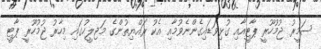
ސަމީރު ޖުމުހޫރީ ޕާޓީއާއި ގުޅިވަޑައިގެންނެވުމާއި އެކު ރައްޔިތުންގެ މަޖިލީހުގައި މިހާރު ޖުމުހޫރީ ޕާޓީ